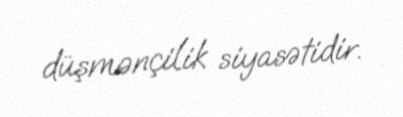
düşmənçilik siyasətidir.